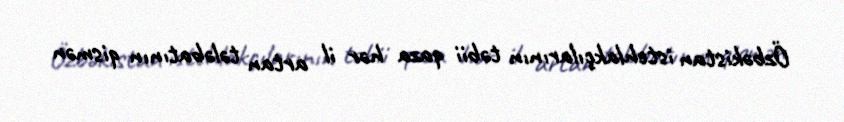
Özbəkistan istehlakçılarının təbii qaza hər il artan tələbatının qismən